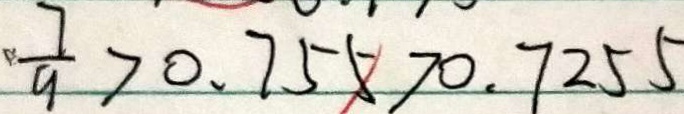
\frac { 7 } { 9 } > 0 . 7 5 5 > 0 . 7 2 5 5